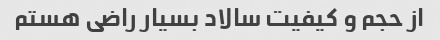
از حجم و کیفیت سالاد بسیار راضی هستم